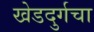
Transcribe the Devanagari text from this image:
खेडदुर्गचा